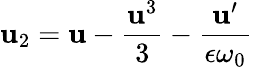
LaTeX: \mathbf{u}_{2}=\mathbf{u}-\frac{{\mathbf{u}^{3}}}{{3}}-\frac{{\mathbf{u}^{\prime}}}{{\epsilon\omega_{0}}}